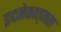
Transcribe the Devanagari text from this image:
इदमेकात्मता